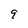
Character: 9